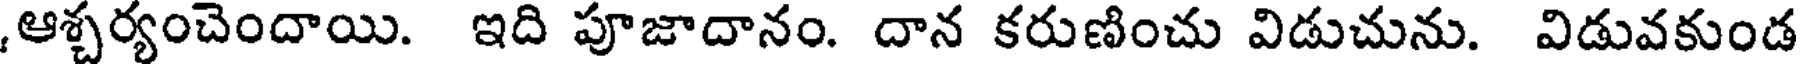
,ఆశ్చర్యంచెందాయి. ఇది పూజాదానం. దాన కరుణించు విడుచును. విడువకుండ